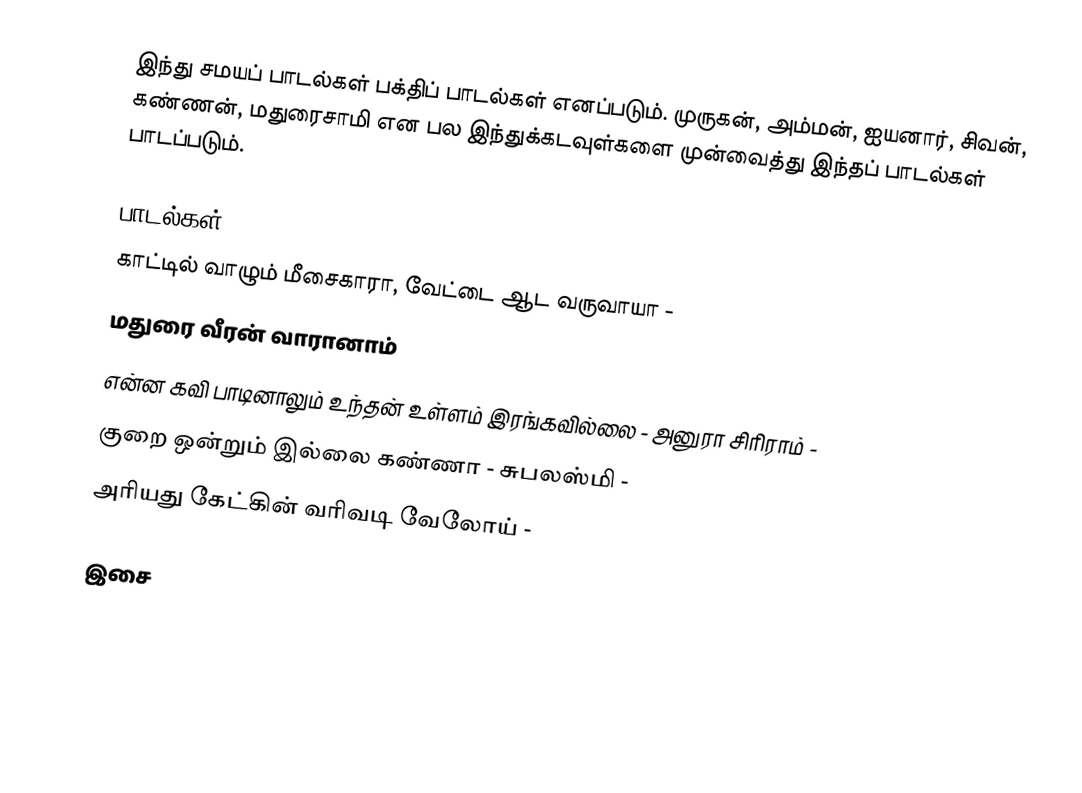
இந்து சமயப் பாடல்கள் பக்திப் பாடல்கள் எனப்படும். முருகன், அம்மன், ஐயனார், சிவன், கண்ணன், மதுரைசாமி என பல இந்துக்கடவுள்களை முன்வைத்து இந்தப் பாடல்கள் பாடப்படும்.

பாடல்கள்
 காட்டில் வாழும் மீசைகாரா, வேட்டை ஆட வருவாயா -
 மதுரை வீரன் வாரானாம்
 என்ன கவி பாடினாலும் உந்தன் உள்ளம் இரங்கவில்லை -  அனுரா சிரிராம் -
 குறை ஒன்றும் இல்லை கண்ணா - சுபலஸ்மி -
 அரியது கேட்கின் வரிவடி வேலோய் -

இசை